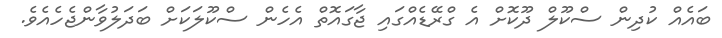
ބައެއް ކުދިން ސްކޫލް ދޫކޮށް އެ ގްރޭޑެއްގައި ޖާގައޮތް އެހެން ސްކޫލަކަށް ބަދަލުވާންޖެހެއެވެ.